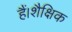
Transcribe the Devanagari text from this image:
हैं।शैक्षिक